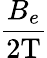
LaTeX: \frac{B_{e}}{2\textrm{T}}